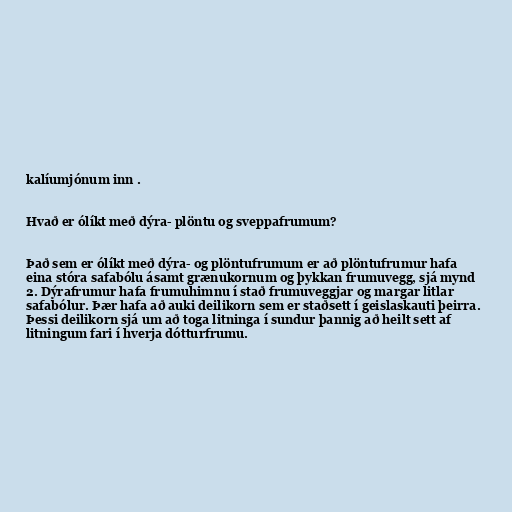
kalíumjónum inn .

Hvað er ólíkt með dýra- plöntu og sveppafrumum?

Það sem er ólíkt með dýra- og plöntufrumum er að plöntufrumur hafa
eina stóra safabólu ásamt grænukornum og þykkan frumuvegg, sjá mynd
2. Dýrafrumur hafa frumuhimnu í stað frumuveggjar og margar litlar
safabólur. Þær hafa að auki deilikorn sem er staðsett í geislaskauti þeirra.
Þessi deilikorn sjá um að toga litninga í sundur þannig að heilt sett af
litningum fari í hverja dótturfrumu.